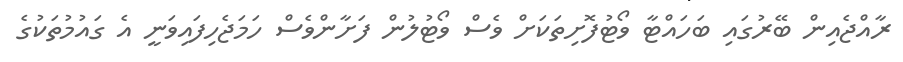
ރާއްޖެއިން ބޭރުގައި ބަހައްޓާ ވޯޓުފޮށިތަކަށް ވެސް ވޯޓުލުން ފަށާންވެސް ހަމަޖެހިފައިވަނީ އެ ގައުމުތަކުގެ